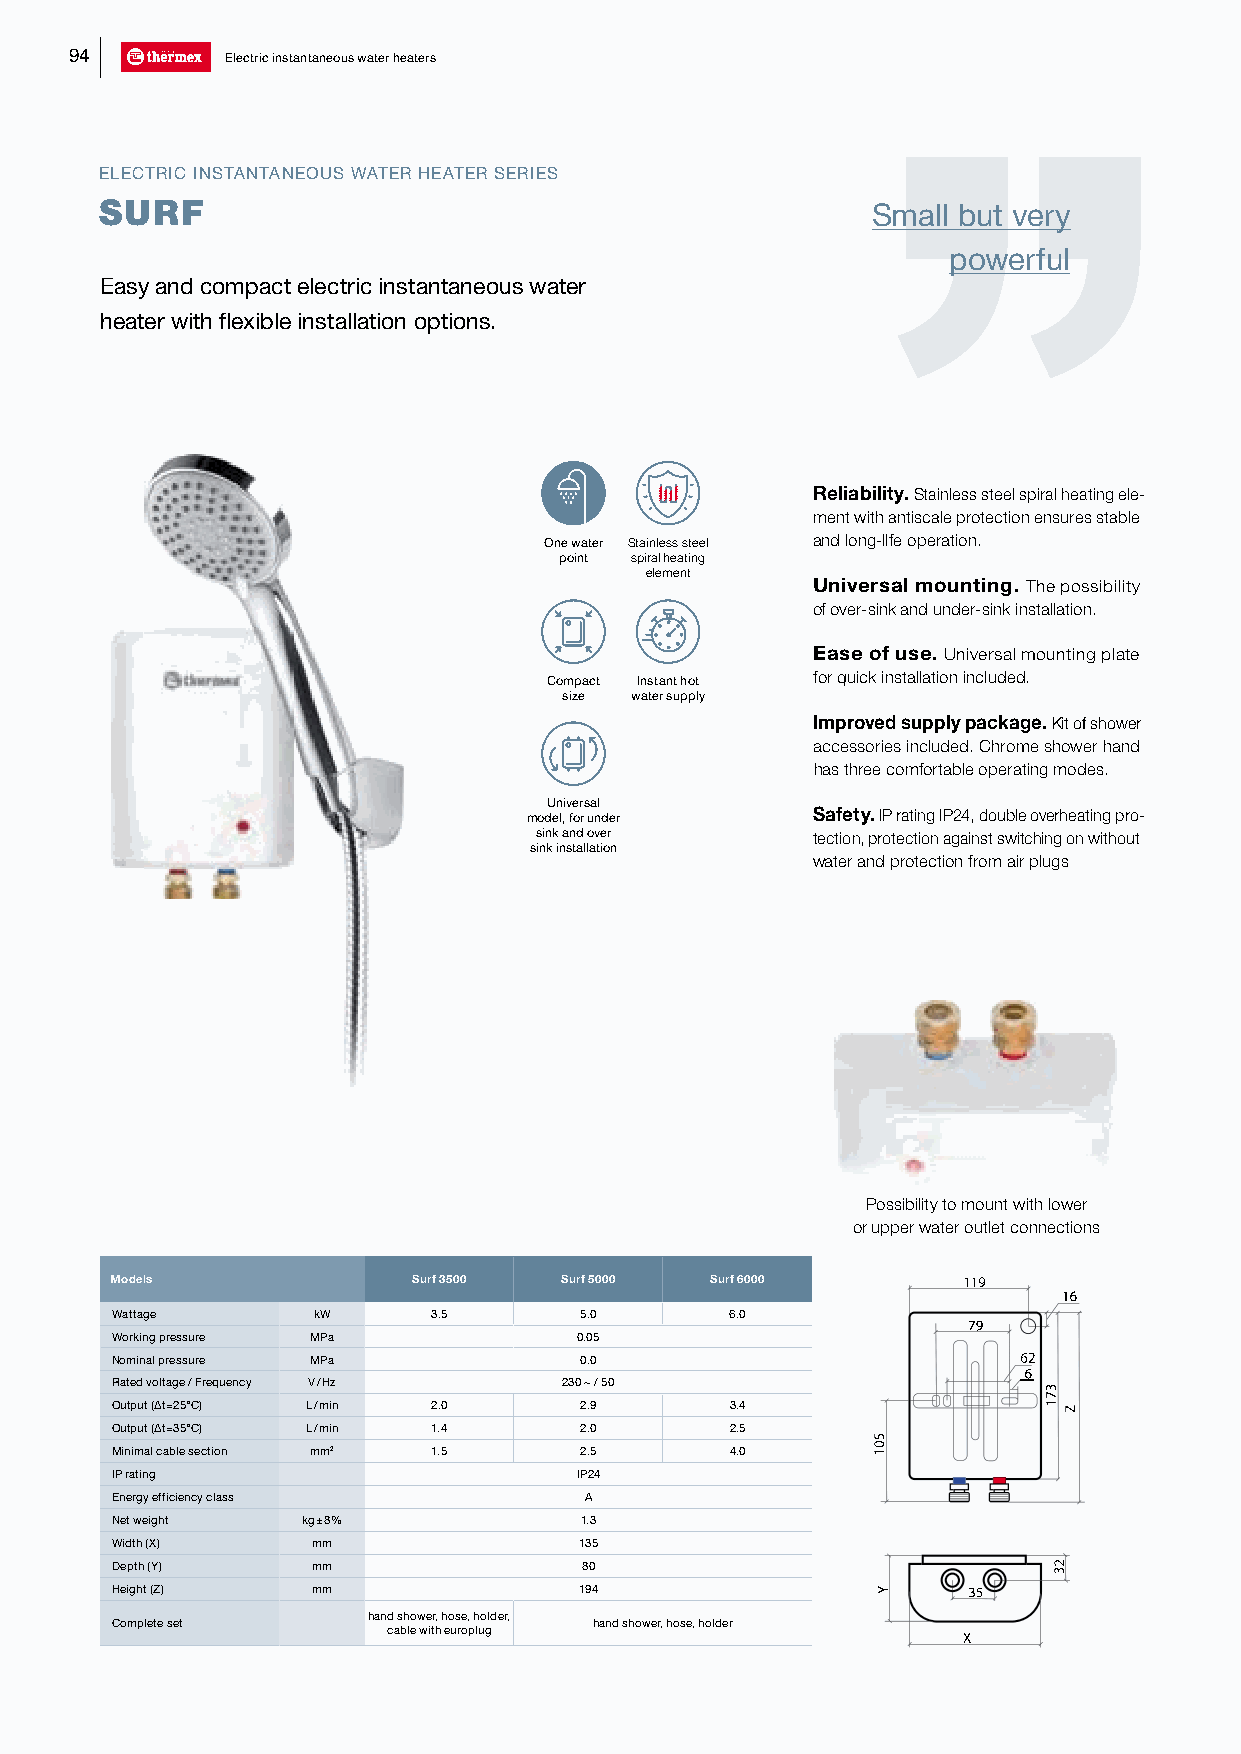
94        Electric instantaneous water heaters
 ELECTRIC INSTANTANEOUS WATER HEATER SERIES
 SURF                                               Small but very
 powerful
 Easy and compact electric instantaneous water
 heater with flexible installation options.
 Reliability. Stainless steel spiral heating ele-
 ment with antiscale protection ensures stable
 One water Stainless steel and long-lIfe operation.
 point spiral heating
 element
 Universal mounting. The possibility
 of over-sink and under-sink installation.
 Ease of use. Universal mounting plate
 Compact Instant hot for quick installation included.
 size water supply
 Improved supply package. Kit of shower
 accessories included. Chrome shower hand
 has three comfortable operating modes.
 Universal
 model, for under   Safety. IP rating IP24, double overheating pro-
 sink and over      tection, protection against switching on without
 sink installation
 water and protection from air plugs
 Possibility to mount with lower
 or upper water outlet connections
 Models              Surf 3500 Surf 5000 Surf 6000        119
 16
 Wattage       kW      3.5      5.0       6.0
 79
 Working pressure MPa           0.05
 Nominal pressure MPa           0.0                           62
 6
 Rated voltage / Frequency V / Hz 230 ~ / 50                   3
 7
 Output (∆t=25°С) L / min 2.0   2.9       3.4                  1Z
 Output (∆t=35°С) L / min 1.4   2.0       2.5
 5
 Minimal cable section mm2 1.5  2.5       4.0       10
 IP rating                      IP24
 Energy efficiency class         A
 Net weight   kg ± 8%           1.3
 Width (X)     mm               135
 Depth (Y)     mm               80                              32
 Height (Z)    mm               194                 Y     35
 hand shower, hose, holder,
 Complete set                    hand shower, hose, holder
 cable with europlug
 X